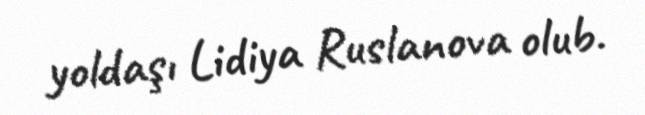
yoldaşı Lidiya Ruslanova olub.